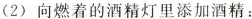
(2)向燃着的酒精灯里添加酒精：